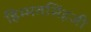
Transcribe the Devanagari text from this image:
हिम्मतसिंहजी